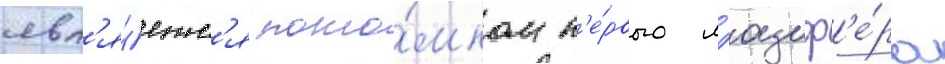
явл'я́етс'я пото́мком п'е́рвого л'юциф'е́ра